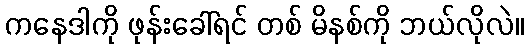
ကနေဒါကို ဖုန်းခေါ်ရင် တစ် မိနစ်ကို ဘယ်လိုလဲ။